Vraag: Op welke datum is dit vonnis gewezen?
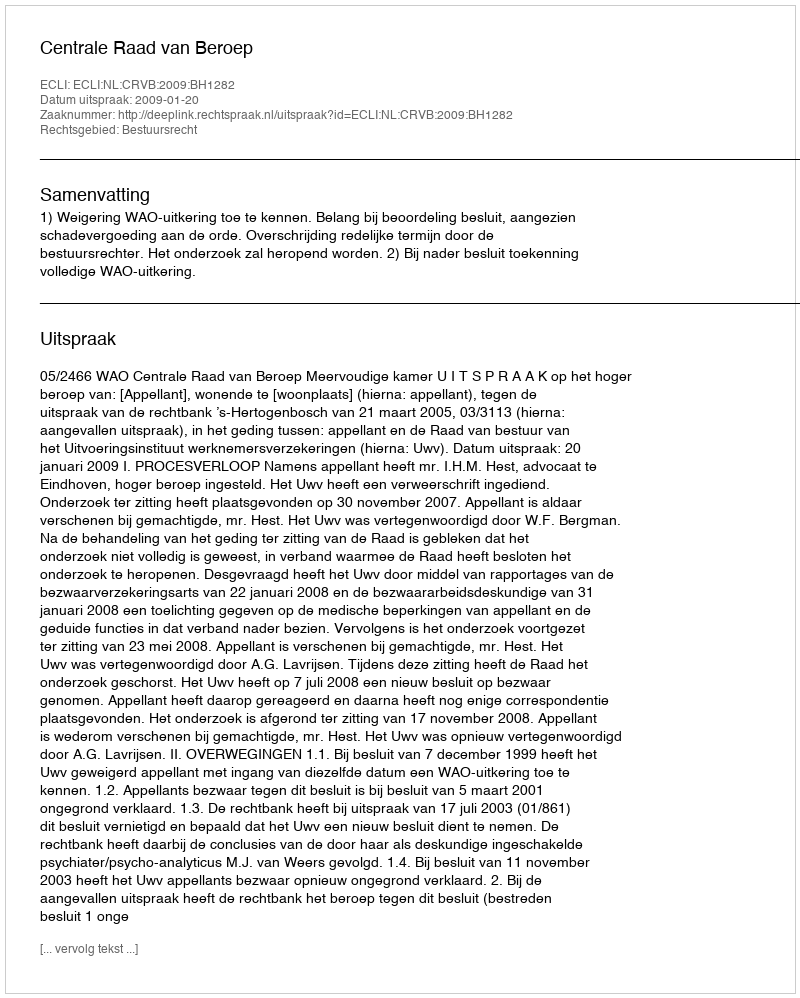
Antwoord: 2009-01-20